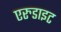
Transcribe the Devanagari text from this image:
एरुडाइट